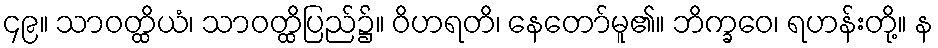
၄၉။ သာဝတ္ထိယံ၊ သာဝတ္ထိပြည်၌။ ဝိဟရတိ၊ နေတော်မူ၏။ ဘိက္ခဝေ၊ ရဟန်းတို့။ န